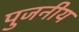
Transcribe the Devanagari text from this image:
पुजनीय